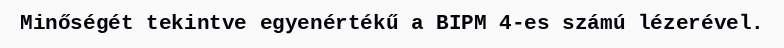
Minőségét tekintve egyenértékű a BIPM 4-es számú lézerével.